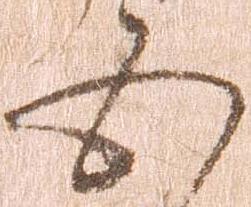
五